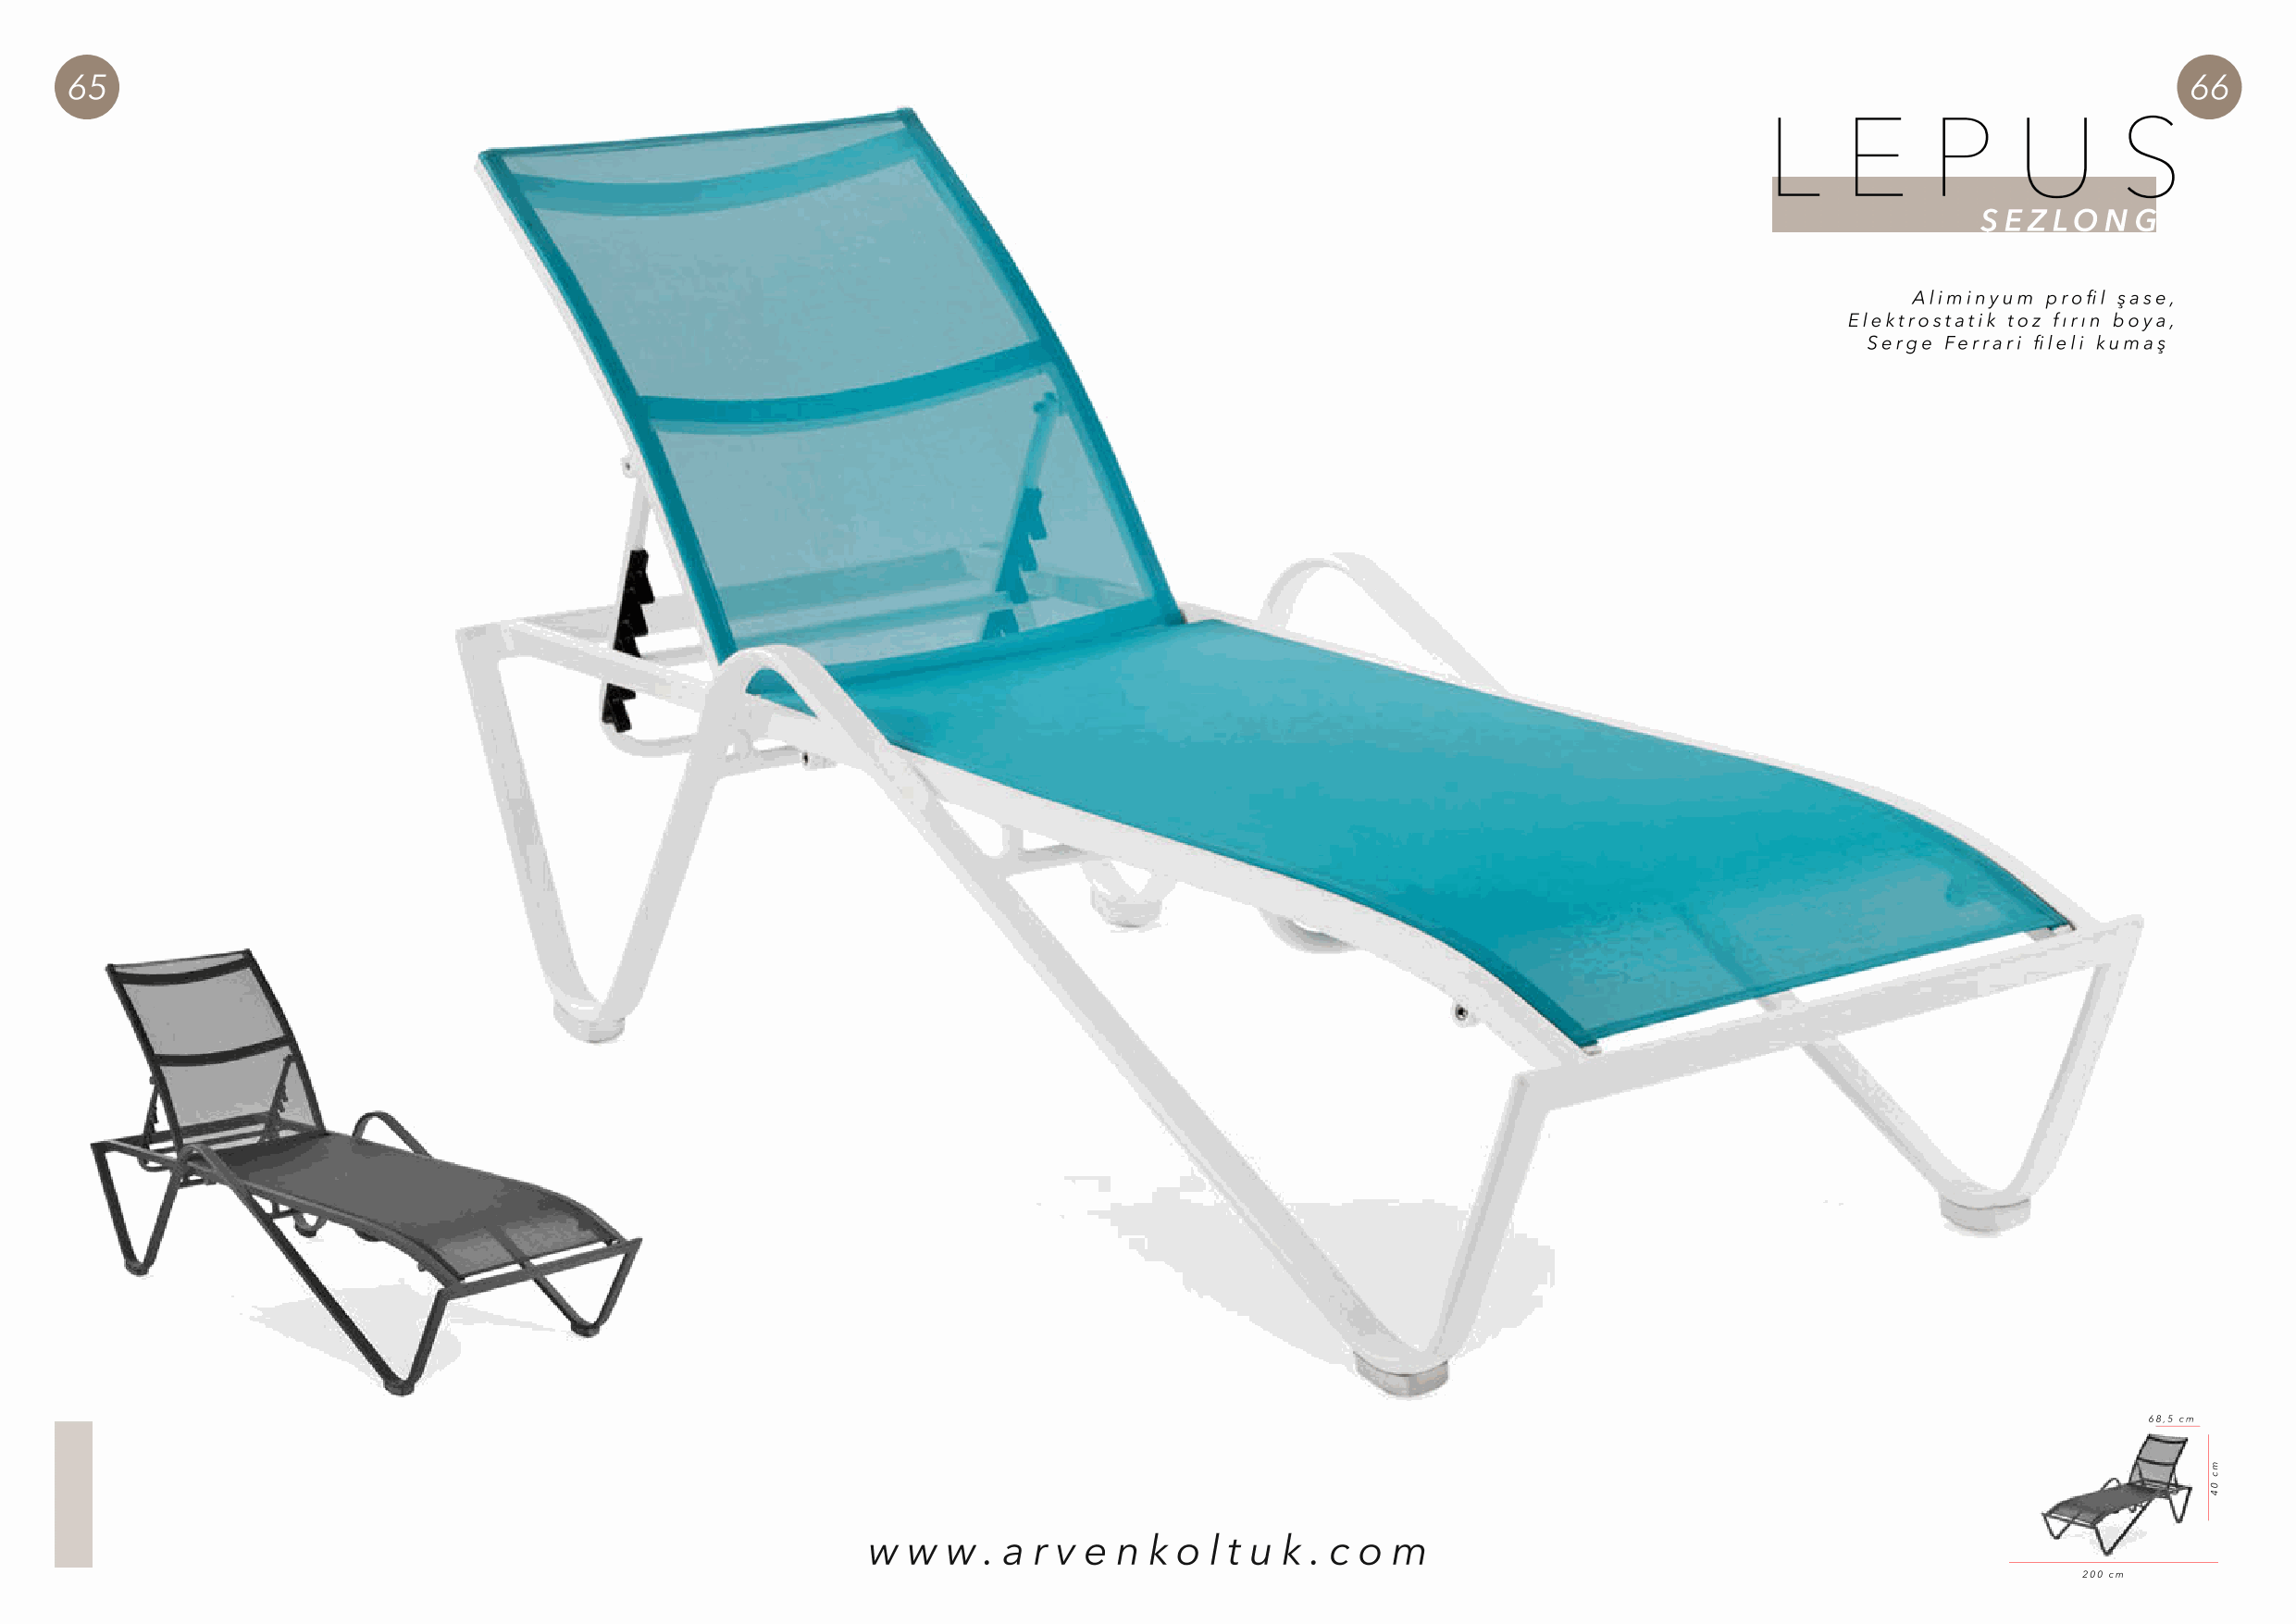
65                                                                                                                                                      66
 L     E     P     U       S
 Ş E Z LO N G
 Aliminyum profil şase,
 Elektrostatik toz fırın boya,
 Serge Ferrari fileli kumaş
 68,5 cm
 w  w  w . a r v e n k o  l t u k . c o m
 200 cm
 mc
 04